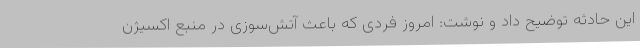
این حادثه توضیح داد و نوشت: امروز فردی که باعث آتش‌سوزی در منبع اکسیژن